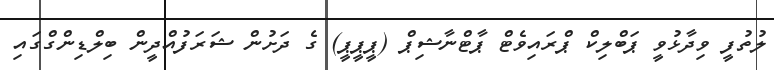
ލުތުފީ ވިދާޅުވީ ޕަބްލިކް ޕްރައިވެޓް ޕާޓްނާޝިޕް (ޕީޕީޕީ) ގެ ދަށުން ޝަރަފުއްދީން ބިލްޑިންގްގައި